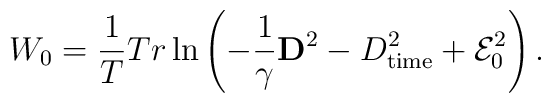
W_0= \frac{1}{T} Tr \ln \left (-\frac{1}{\gamma}{\bf D}^2-D_{\rm time}^2+{\cal E}_0^2 \right ).